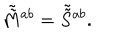
LaTeX: \tilde { \tilde { M } } { } ^ { a b } = \tilde { \tilde { S } } { } ^ { a b } .